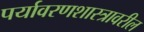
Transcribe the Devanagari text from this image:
पर्यावरणशास्त्रावरील